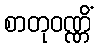
စာတုဝဏ္ဏိံ